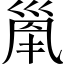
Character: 𢀂